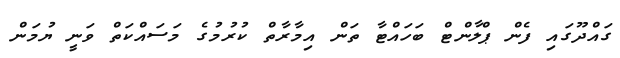
ގައްދޫގައި ފެން ޕްލާންޓް ބަހައްޓާ ތަން އިމާރާތް ކުރުމުގެ މަސައްކަތް ވަނީ ޔުމަން